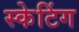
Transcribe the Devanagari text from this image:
स्‍केटिंग